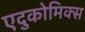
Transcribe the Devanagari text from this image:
एदुकोमिक्स